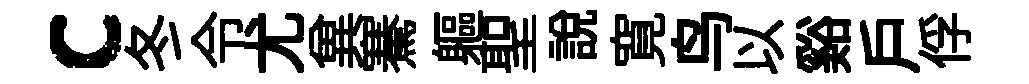
c冬令尤兾騫軀聖說寛鸟以谿戶俘